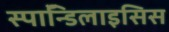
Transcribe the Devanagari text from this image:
स्पाॅन्डिलाइसिस